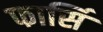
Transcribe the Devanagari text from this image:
फार्सि